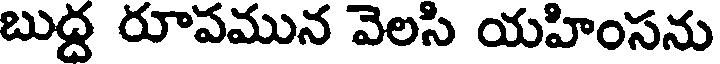
బుద్ద రూపమున వెలసి యహింసను